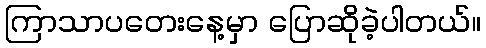
ကြာသာပတေးနေ့မှာ ပြောဆိုခဲ့ပါတယ်။